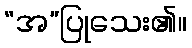
“အ”ပြုသေး၏။